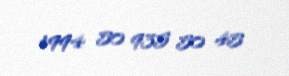
+994 50 935 50 45